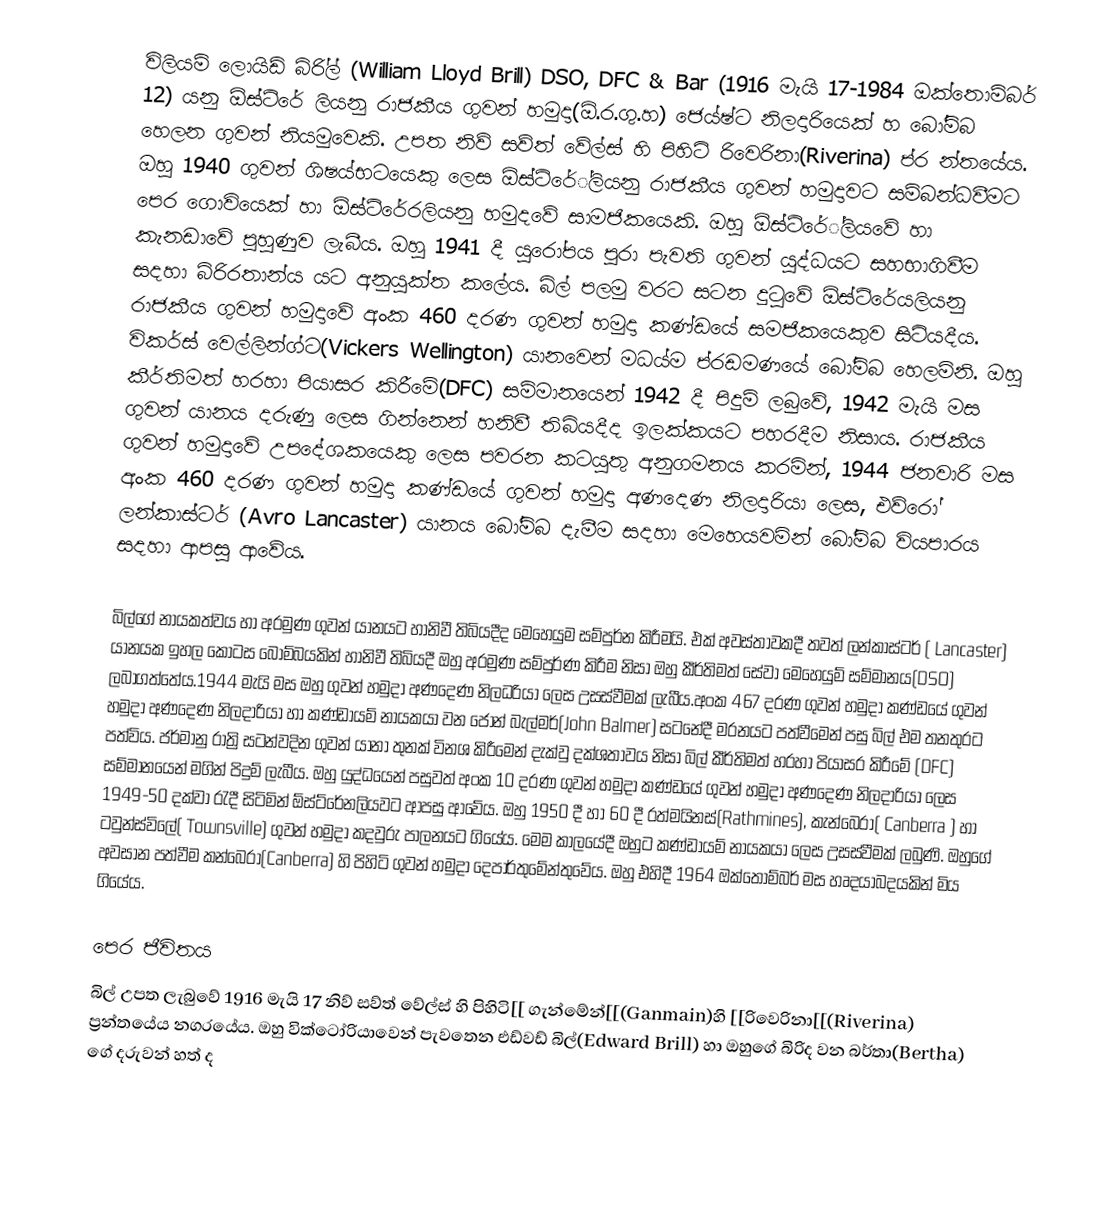
විලියම් ලොයිඩ් බ්රි්ල් (William Lloyd Brill) DSO, DFC & Bar (1916 මැයි 17-1984 ඔක්තොම්බර් 12) යනු ඕස්ට්රේ ලියනු රාජකීය ගුවන් හමුදා(ඕ.ර.ගු.හ) ජෙ‍ය්ෂ්ට නිලදාරියෙක් හ බෝම්බ හෙලන ගුවන් නියමුවෙකි. උපත නිව් සව්ත් වේල්ස් හි පිහිටි රිවෙරිනා(Riverina) ප්ර න්තයේය. ඔහු 1940 ගුවන් ශිෂ‍ය්භටයෙකු ලෙස ඕස්ට්රේ්ලියනු රාජකීය ගුවන් හමුදාවට සම්බන්ධවීමට පෙර ගොවියෙක් හා ඕස්ට්රේරලියනු හමුදවේ සාමජිකයෙකි. ඔහු ඕස්ට්රේ්ලියවේ හා කැනඩාවේ පුහුණුව ලැබීය. ඔහු 1941 දී යුරෝපය පුරා පැවති ගුවන් යුද්ධයට සහභාගිවීම සදහා බ්රිරතාන්ය යට අනුයුක්ත කලේය. බිල් පලමු වරට සටන දුටුවේ ඕස්ට්රේයලියනු රාජකීය ගුවන් හමුදාවේ අංක 460 දරණ ගුවන් හමුදා කණ්ඩයේ සමජිකයෙකුව සිටියදීය.  විකර්ස් වෙල්ලින්ග්ට(Vickers Wellington)  යානවෙන් මධ‍ය්ම ප්රඩමණයේ බෝම්බ හෙලමිනි. ඔහු කීර්තිමත් හරහා පියාසර කිරීමේ(DFC) සම්මානයෙන් 1942 දී පිදුම් ලබුවේ, 1942 මැයි මස ගුවන් යානය දරුණු ලෙස ගින්නෙන් හනිවී තිබියදීද ඉලක්කයට පහරදීම නිසාය. රාජකීය ගුවන් හමුදාවේ උපදේශකයෙකු ලෙස පවරන කටයුතු අනුගමනය කරමින්, 1944 ජනවාරි මස අංක 460 දරණ ගුවන් හමුදා කණ්ඩයේ ගුවන් හමුදා අණදෙණ නිලදාරියා ලෙස, එව්රෝ ලන්කාස්ටර් (Avro Lancaster) යානය බෝම්බ දැමීම සදහා මෙහෙයවමින් බෝම්බ වි‍යපාරය සදහා ආපසු ආවේය.

බිල්ගේ නායකත්වය හා අරමුණ ගුවන් යානයට හානිවී තිබියදීද මෙහෙයුම සම්පුර්න කිරීමයි. එක් අවස්තාවකදී තවත් ලන්කාස්ටර් ( Lancaster) යානයක ඉහල කොටස බෝම්බයකින් හානිවී තිබියදී ඔහු අරමුණ සම්පුර්ණ කිරීම නිසා ඔහු කීර්තිමත් සේවා මෙහෙයුම්  සම්මානය(DSO) ලබාගත්තේය.1944 මැයි මස ඔහු ගුවන් හමුදා අණදෙණ නිලධරියා ලෙස උසස්වීමක් ලැබීය.අංක 467 දරණ ගුවන් හමුදා කණ්ඩයේ ගුවන් හමුදා අණදෙණ නිලදාරියා හා කණ්ඩායම් නායකයා වන ජෝන් බැල්මර්(John Balmer) සටනේදී මරනයට පත්වීමෙන් පසු බිල් එම තනතුරට පත්විය. ජර්මානු රාත්‍රි සටන්වදින ගුවන් යානා තුනක් විනශ කිරීමෙන් දැක්වු දක්ශතාවය නිසා බිල් කීර්තිමත් හරහා පියාසර කිරීමේ (DFC) සම්මානයෙන් මගින් පිදුම් ලැබීය. ඔහු යුද්ධයෙන් පසුවත් අංක 10 දරණ ගුවන් හමුදා කණ්ඩයේ ගුවන් හමුදා අණදෙණ නිලදාරියා ලෙස 1949-50 දක්වා රැදී සිටිමින් ඕස්ට්රේනලියවට ආපසු ආවේය. ඔහු  1950 දී හා 60 දී  රත්මයිනස්(Rathmines), කැන්බෙරා( Canberra ) හා ටවුන්ස්විලේ( Townsville) ගුවන් හමුදා කදවුරු පාලනයට ගියේය. මෙම කාලයේදී ඔහුට කණ්ඩායම් නායකයා ලෙස උසස්වීමක් ලබුණි. ඔහුගේ අවසාන පත්වීම කන්බෙරා(Canberra) හි පිහිටි ගුවන් හමුදා දෙපාර්තුමේන්තුවේය. ඔහු එහිදී 1964 ඔක්තොම්බර් මස හෘදයාබදයකින් මිය ගියේය.

පෙර ජීවිතය
බිල් උපත ලැබුවේ 1916 මැයි 17 නිව් සව්ත් වේල්ස් හි පිහිටි[[ ගැන්මේන්[[(Ganmain)හි [[රිවෙරිනා[[(Riverina) ප්‍රන්තයේය  නගරයේය.  ඔහු වික්ටෝරියාවෙන් පැවතෙන එඩ්වඩ් බිල්(Edward Brill) හා ඔහුගේ බිරිද වන බර්තා(Bertha) ගේ දරුවන් හත් ද